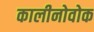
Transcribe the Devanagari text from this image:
कालीनोवोक